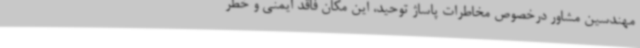
مهندسین مشاور درخصوص مخاطرات پاساژ توحید، این مکان فاقد ایمنی و خطر